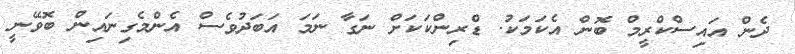
ދެން އައިސްކްރީމް ބޮން އެކަމަކު. ޑްރިންކަކަށް ނަގާ ނަމަ އަބަދުވެސް އެންމެގިނައިން ބޮވޭނީ